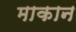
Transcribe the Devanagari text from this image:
माकान